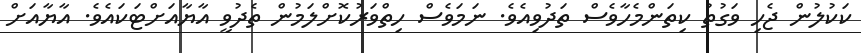
ކަކުލުން ޖެހި ވަގުތު ކިތަންމެހާވެސް ތަދުވިއެވެ. ނަމަވެސް ހިތްވަރުކޮށްލަމުން ތެދުވީ އާޔާއަށްޓަކައެވެ. އާޔާއަށް